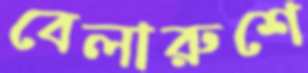
বেলারুশে